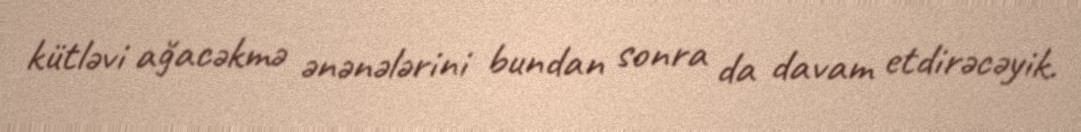
kütləvi ağacəkmə ənənələrini bundan sonra da davam etdirəcəyik.